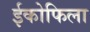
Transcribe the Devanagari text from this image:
ईकोफिला